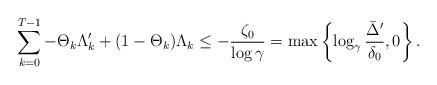
LaTeX: \begin{align*} \sum_{k=0}^{T-1} - \Theta_k \Lambda_k' + (1 -\Theta_k) \Lambda_k \le - \frac{\zeta_0}{\log\gamma} = \max \left\{ \log_\gamma \frac{\bar\Delta'}{\delta_0}, 0 \right\}. \end{align*}